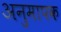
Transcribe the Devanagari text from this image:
अनुमापक